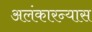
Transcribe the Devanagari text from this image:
अलंकारन्यास